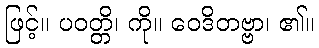
ဖြင့်။ ပဝတ္တိ၊ ကို။ ဝေဒိတဗ္ဗာ၊ ၏။